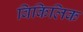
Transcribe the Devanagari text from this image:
विकिलिक